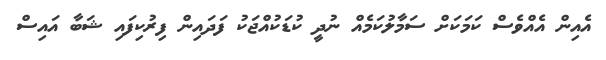
އެއިން އެއްވެސް ކަމަކަށް ސަމާލުކަމެއް ނުދީ ކުޑަކުއްޖަކު ފަދައިން ފިރުކިފައި ޝަބާ އައިސް